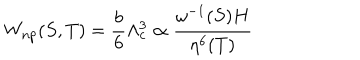
LaTeX: W _ { n p } ( S , T ) = \frac { b } { 6 } \Lambda _ { c } ^ { 3 } \propto \frac { \omega ^ { - 1 } ( S ) H } { \eta ^ { 6 } ( T ) }